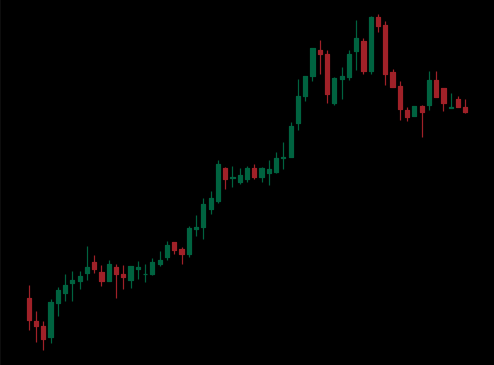
Pattern: bear_flag